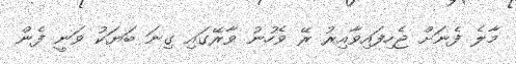
މާލެ ފެނަށް ޖެހިފައިވާއިރު ރޭ ވެހުނު ވާރޭގައި ގިނަ ބަޔަކު ވަނީ ފެން